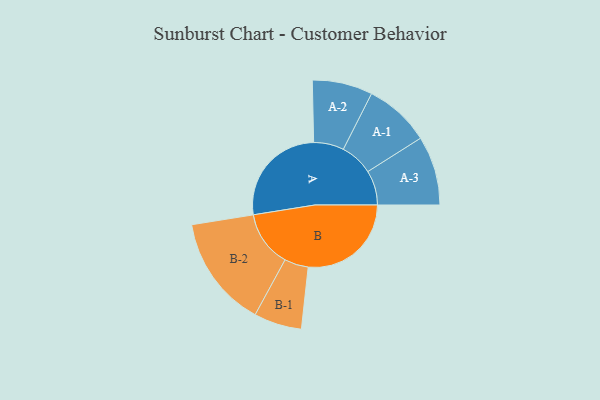
{"axis": {"x": "Segment", "y": "Value"}, "legend": ["", "A", "B"], "data": [{"x": "A", "y": 490, "type": ""}, {"x": "B", "y": 482, "type": ""}, {"x": "A-1", "y": 154, "type": "A"}, {"x": "A-2", "y": 141, "type": "A"}, {"x": "A-3", "y": 162, "type": "A"}, {"x": "B-1", "y": 112, "type": "B"}, {"x": "B-2", "y": 262, "type": "B"}]}